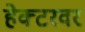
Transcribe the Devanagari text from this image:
हेक्टरवर